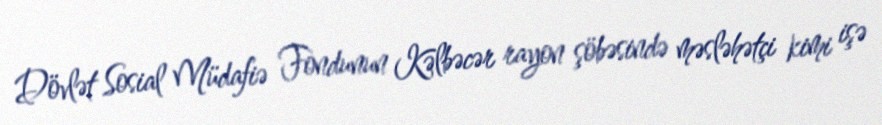
Dövlət Sosial Müdafiə Fondunun Kəlbəcər rayon şöbəsində məsləhətçi kimi işə